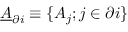
\underline { { A } } _ { \partial i } \equiv \{ A _ { j } ; j \in \partial i \}